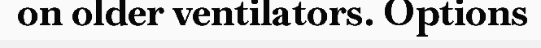
on older ventilators. Options